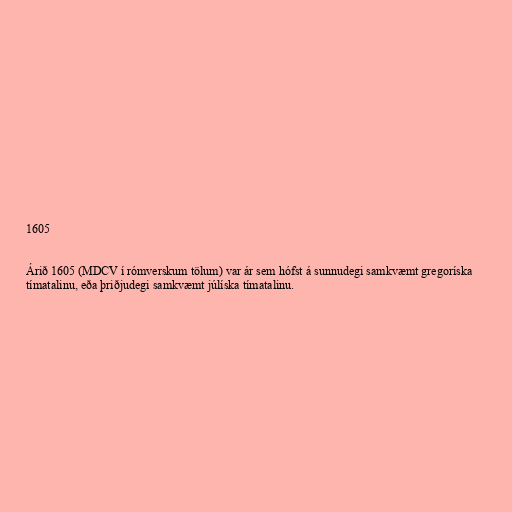
1605

Árið 1605 (MDCV í rómverskum tölum) var ár sem hófst á sunnudegi samkvæmt gregoríska
tímatalinu, eða þriðjudegi samkvæmt júlíska tímatalinu.